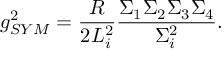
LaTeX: g _ { S Y M } ^ { 2 } = \frac { R } { 2 L _ { i } ^ { 2 } } \frac { \Sigma _ { 1 } \Sigma _ { 2 } \Sigma _ { 3 } \Sigma _ { 4 } } { \Sigma _ { i } ^ { 2 } } .